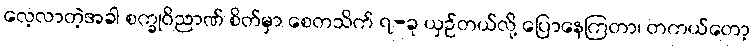
လေ့လာတဲ့အခါ စက္ခုဝိညာဏ် စိတ်မှာ စေတသိက် ၇-ခု ယှဉ်တယ်လို့ ပြောနေကြတာ၊ တကယ်တော့